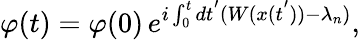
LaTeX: \varphi(t)=\varphi(0)\, e^{i\int_{0}^{t}dt^{'}(W(x(t^{'}))-\lambda_{n})},